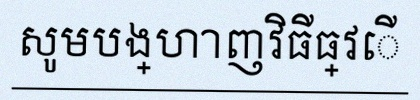
សូមបង្ហាញវិធីធ្វើ